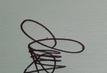
Signature authenticity: genuine